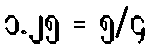
၁.၂၅ = ၅/၄